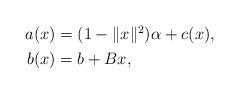
LaTeX: \begin{align*} \begin{aligned}a(x) &= (1-\|x\|^2)\alpha + c(x), \\b(x) &= b + Bx,\end{aligned}\end{align*}